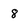
Character: 8